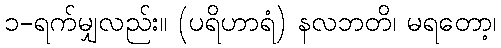
၁-ရက်မျှလည်း။ (ပရိဟာရံ) နလဘတိ၊ မရတော့၊